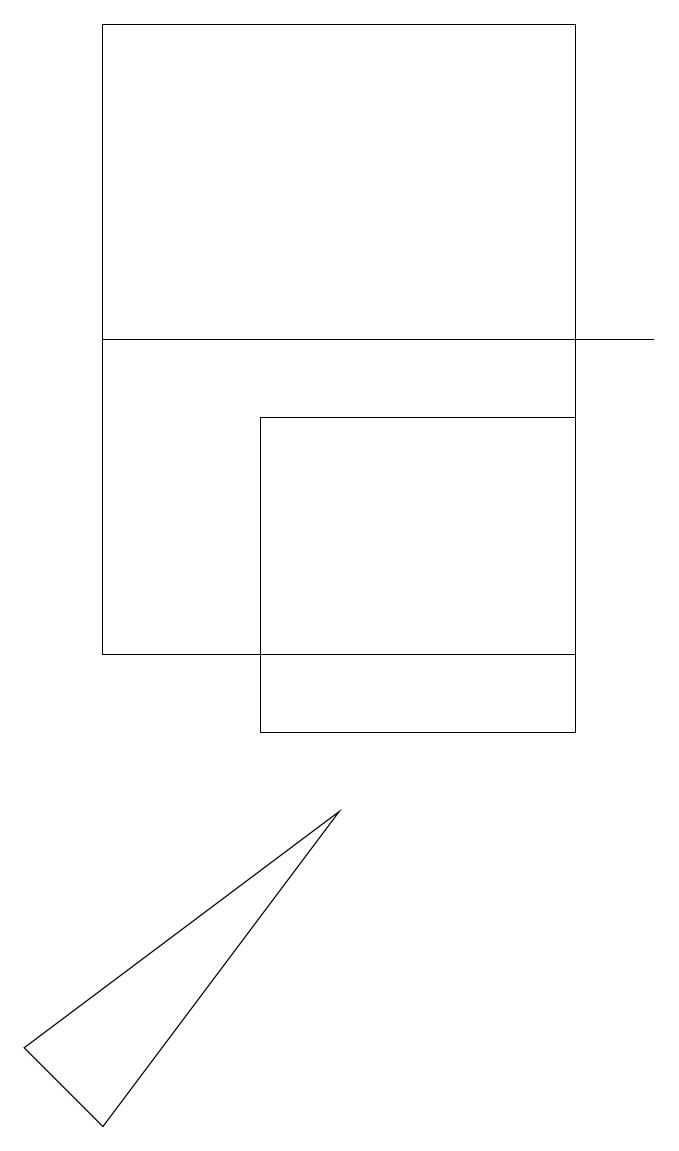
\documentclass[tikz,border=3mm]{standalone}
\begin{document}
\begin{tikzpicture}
\draw (8,11) rectangle (2,19);
\draw (5,9) -- (2,5) -- (1,6) -- cycle;
\draw (4,10) rectangle (8,14);
\draw (9,15) rectangle (2,15);
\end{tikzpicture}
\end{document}